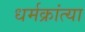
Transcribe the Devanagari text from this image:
धर्मक्रांत्या